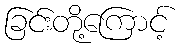
ခြင်းတို့ကြောင့်